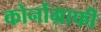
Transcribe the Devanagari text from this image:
कोर्नोग्राफी